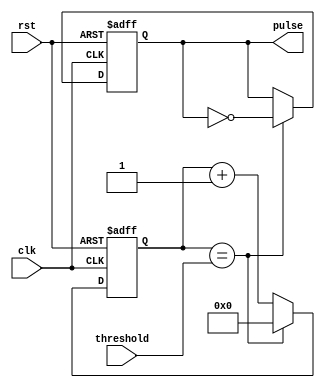
module Duty_Cycle_Pulse_Generator (
    input wire clk,
    input wire rst,
    input wire threshold,
    output reg pulse
);

reg [7:0] counter;

always @ (posedge clk or posedge rst) begin
    if (rst) begin
        counter <= 8'b0;
        pulse <= 1'b0;
    end else begin
        if (counter == threshold) begin
            counter <= 8'b0;
            pulse <= ~pulse;
        end else begin
            counter <= counter + 1;
        end
    end
end

endmodule